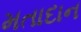
મતાદાન